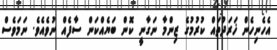
އެހެނިހެން ޚަރަދުތައް ކުރުމުގެ ޒިންމާ ނަގާނީ ކޮން ބަޔެއްކަން ސާފެއް ނުވެއެވެ. ނަމަވެސް